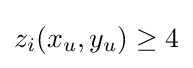
z_{i}(x_{u},y_{u})\geq 4